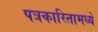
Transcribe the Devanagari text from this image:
पत्रकारितामध्ये